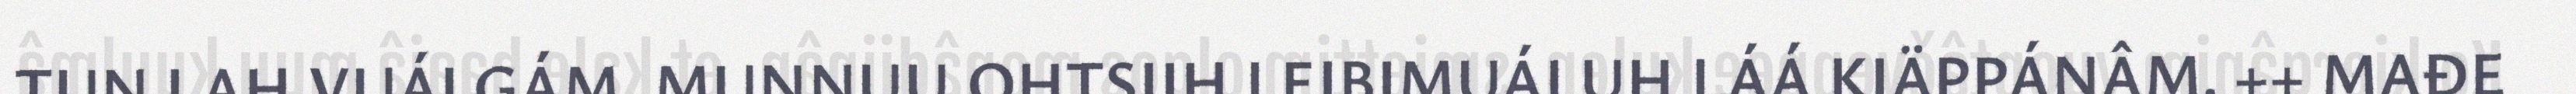
TUN LAH VUÁLGÁM. MUNNUU OHTSIIH LEIBIMUÁLUH LÁÁ KIÄPPÁNÂM. ++ MAĐE